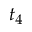
t _ { 4 }